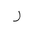
Letter: _ra